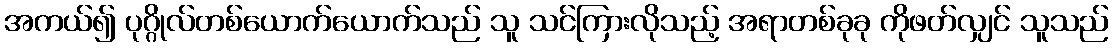
အကယ်၍ ပုဂ္ဂိုလ်တစ်ယောက်ယောက်သည် သူ သင်ကြားလိုသည့် အရာတစ်ခုခု ကိုဖတ်လျှင် သူသည်